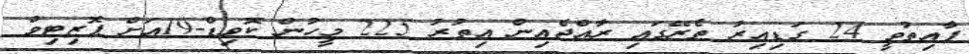
ފާއިތުވީ 24 ގަޑިއިރު ތެރޭގައި ރާއްޖެއިން އިތުރު 225 މީހުން ކޮވިޑް-19އަށް ޕޮޒިޓިވް